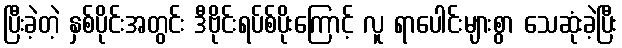
ပြီးခဲ့တဲ့ နှစ်ပိုင်းအတွင်း ဒီဗိုင်းရပ်စ်ပိုးကြောင့် လူ ရာပေါင်းများစွာ သေဆုံးခဲ့ပြီး